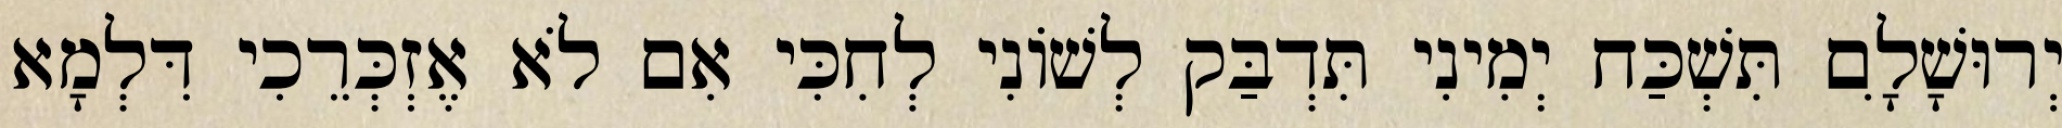
יְרוּשָׁלִָם תִּשְׁכַּח יְמִינִי תִּדְבַּק לְשׁוֹנִי לְחִכִּי אִם לֹא אֶזְכְּרֵכִי דִּלְמָא